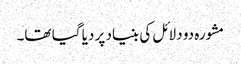
مشورہ دو دلائل کی بنیاد پر دیا گیا تھا۔